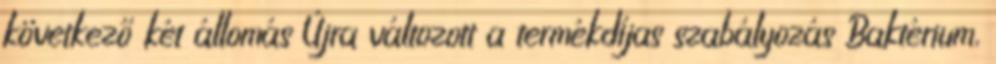
következő két állomás Újra változott a termékdíjas szabályozás Baktérium,